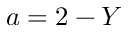
a = 2 - Y